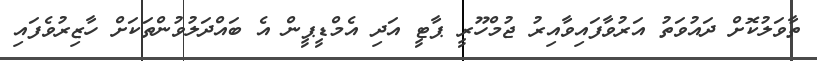
ތާވަލުކޮށް ދައުވަތު އަރުވާފައިވާއިރު ޖުމްހޫރީ ޕާޓީ އަދި އެމްޑީޕީން އެ ބައްދަލުވުންތަކަށް ހާޒިރުވެފައި